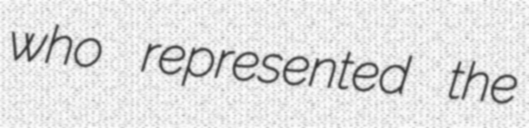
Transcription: who represented the